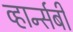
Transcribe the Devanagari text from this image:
व्हार्न्सबी